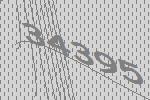
34395